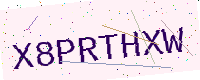
Text: X8PRTHXW